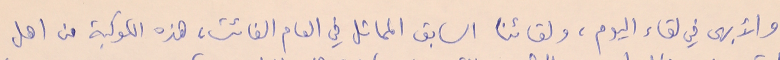
والأبهى في لقاء اليوم، ولقائنا السابق المماثل في العام الفائت، هذه الكوكبة من اهل